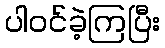
ပါဝင်ခဲ့ကြပြီး